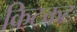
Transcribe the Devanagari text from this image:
किटकट